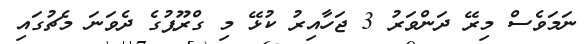
ނަމަވެސް މިރޭ ދަންވަރު 3 ޖަހާއިރު ކުޅޭ މި ގްރޫޕުގެ ދެވަނަ މެޗުގައި